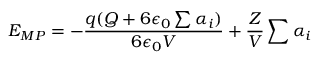
E _ { M P } = - \frac { q ( Q + 6 \epsilon _ { 0 } \sum \alpha _ { i } ) } { 6 \epsilon _ { 0 } V } + \frac { Z } { V } \sum \alpha _ { i }